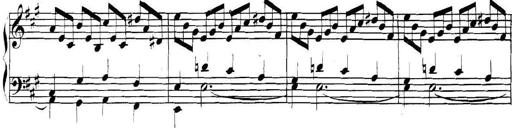
Title: Collected Piano Sonatas
Composer: Muzio Clementi